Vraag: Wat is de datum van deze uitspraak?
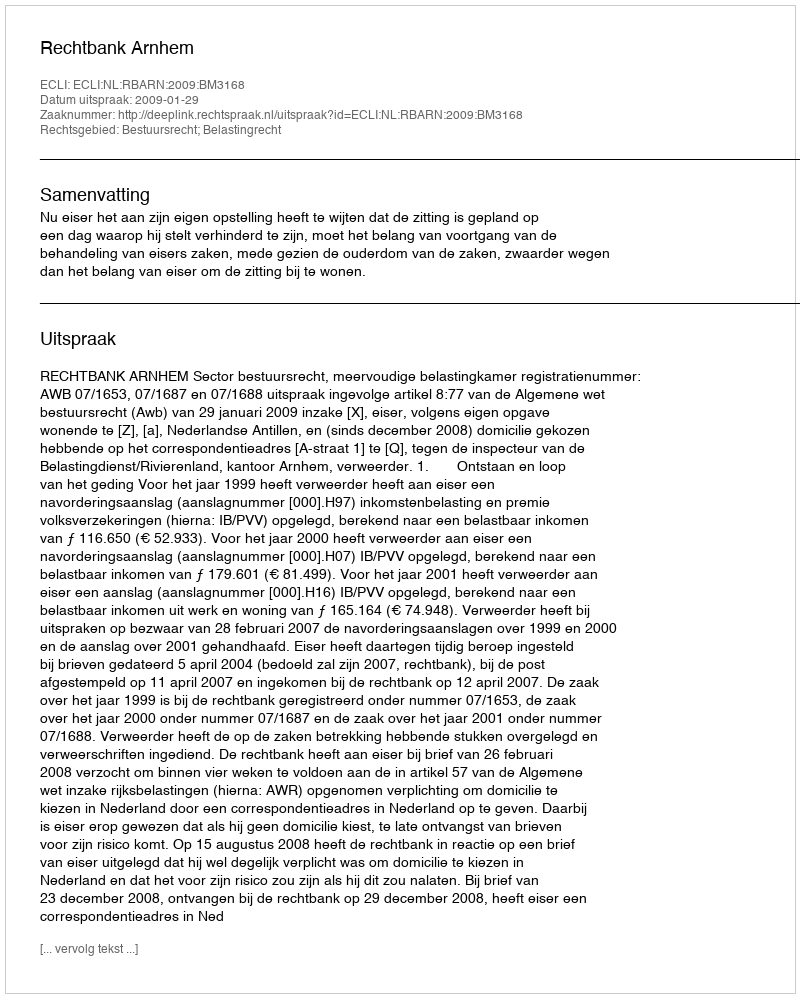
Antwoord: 2009-01-29